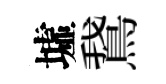
墟鵞